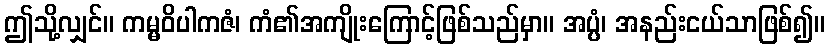
ဤသို့လျှင်။ ကမ္မဝိပါကဇံ၊ ကံ၏အကျိုးကြောင့်ဖြစ်သည်မှာ။ အပ္ပံ၊ အနည်းငယ်သာဖြစ်၍။